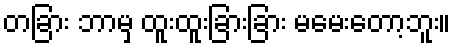
တခြား ဘာမှ ထူးထူးခြားခြား မမေးတော့ဘူး။